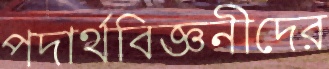
পদার্থবিজ্ঞনীদের